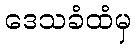
ဒေသခံထံမှ